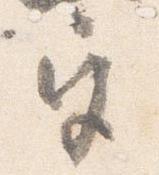
宮